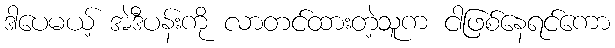
ဒါပေမယ့် အဲဒီပန်းကို လာတင်ထားတဲ့သူက ငါဖြစ်နေရင်ကော